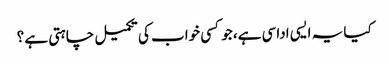
کیا یہ ایسی اداسی ہے، جو کسی خواب کی تکمیل چاہتی ہے ؟